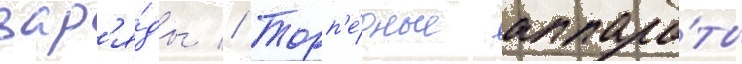
зар'я́ды // Торп'е́дные аппара́ты